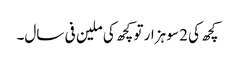
کچھ کی 2 سو ہزار تو کچھ کی ملین فی سال۔